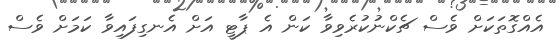
އެއްގޮތަކަށް ވެސް ޗެކްނުކުރެވިވާ ކަން އެ ޕާޓީ އަށް އެނގިފައިވާ ކަމަށް ވެސް